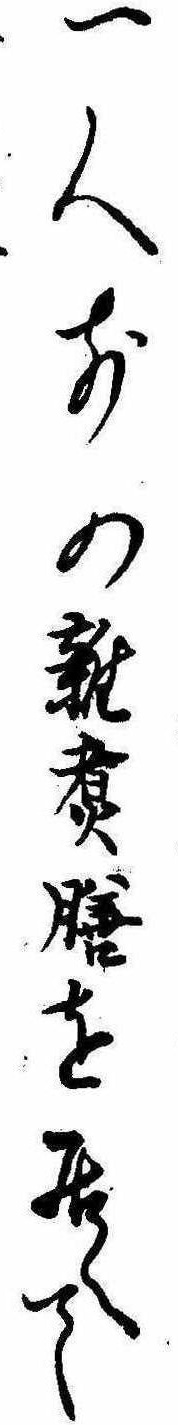
一人前の雑煮膳を居へて